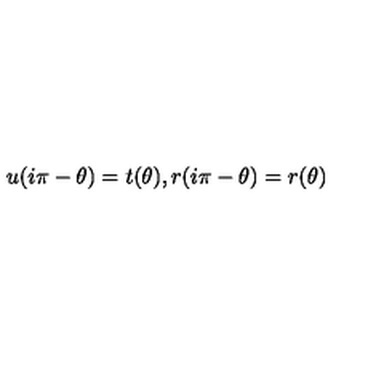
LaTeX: u ( i \pi - \theta ) = t ( \theta ) , r ( i \pi - \theta ) = r ( \theta )